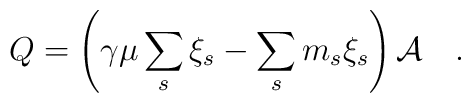
Q= \left(\gamma \mu \sum_s \xi_s-\sum_s m_s\xi_s\right){\cal A}~~~.